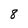
Character: 8